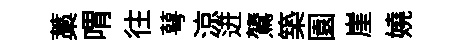
藁喟往萼涼迸鷟築園崖嬈